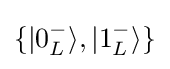
\{|0_{L}^{-}\rangle ,|1_{L}^{-}\rangle \}